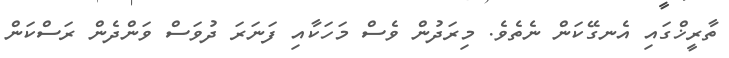
ތާރީޚްގައި އެނގޭކަން ނެތެވެ. މިރަދުން ވެސް މަހަކާއި ފަނަރަ ދުވަސް ވަންދެން ރަސްކަން